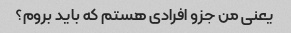
یعنی من جزو افرادی هستم که باید بروم؟